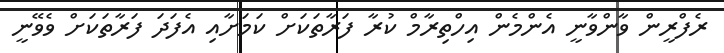
ރެފްރީން ވާންވާނީ އެންމެން އިހްތިރާމް ކުރާ ފަރާތަކަށް ކަމަށާއި އެފަދަ ފަރާތަކަށް ވެވޭނީ